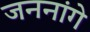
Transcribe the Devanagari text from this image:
जननांगे